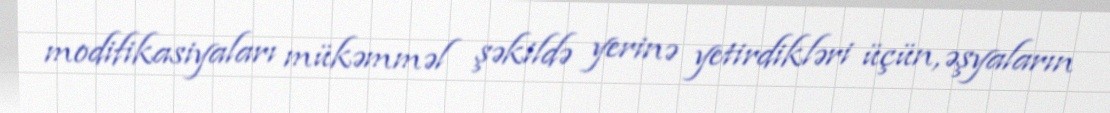
modifikasiyaları mükəmməl şəkildə yerinə yetirdikləri üçün, əşyaların